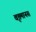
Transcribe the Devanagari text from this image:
वृत्तमानस